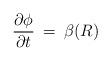
LaTeX: \begin{align*}\frac{\partial\phi}{\partial t}\:=\:\beta(R)\end{align*}